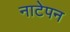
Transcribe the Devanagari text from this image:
नाटेपन